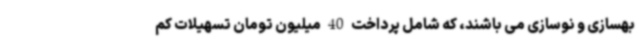
بهسازی و نوسازی می باشند، که شامل پرداخت 40 میلیون تومان تسهیلات کم